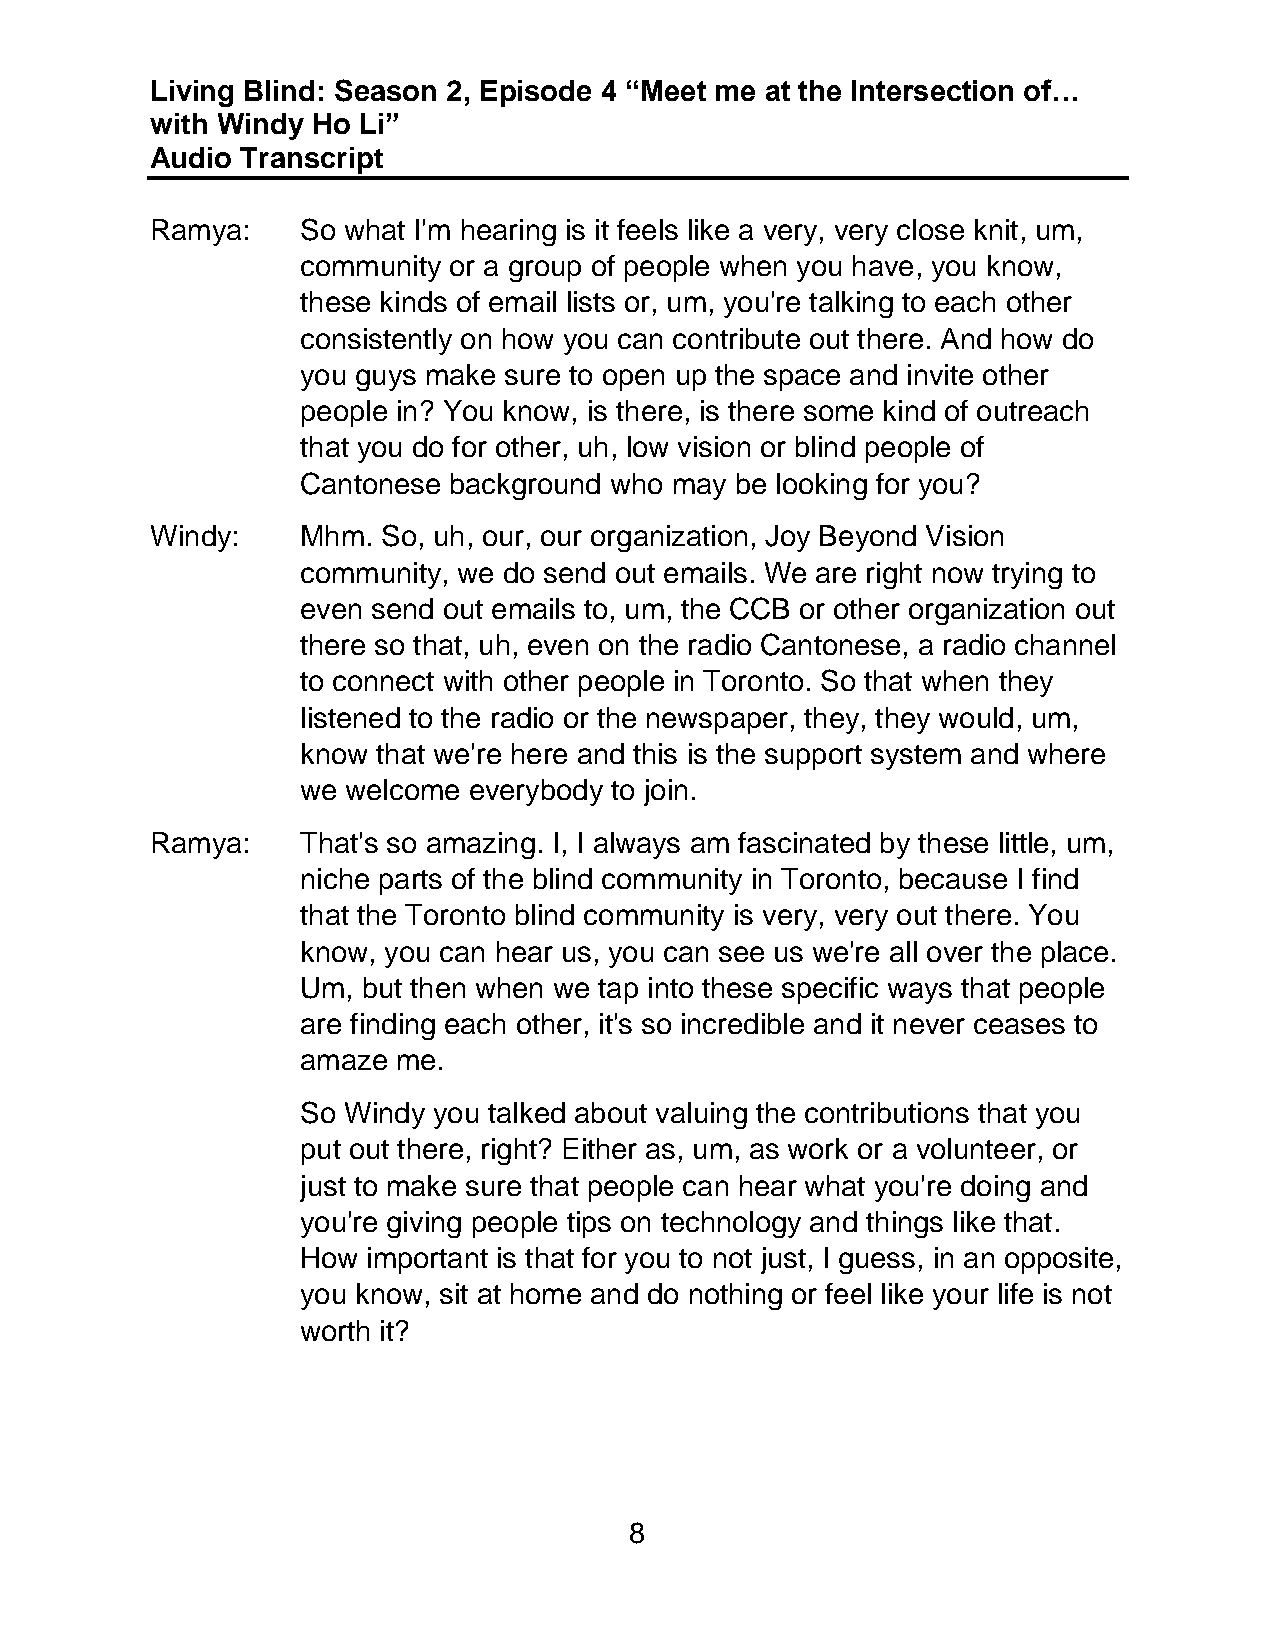
Living Blind: Season 2, Episode 4 “Meet me at the Intersection of…
 with Windy Ho Li”
 Audio Transcript
 Ramya:    So what I'm hearing is it feels like a very, very close knit, um,
 community or a group of people when you have, you know,
 these kinds of email lists or, um, you're talking to each other
 consistently on how you can contribute out there. And how do
 you guys make sure to open up the space and invite other
 people in? You know, is there, is there some kind of outreach
 that you do for other, uh, low vision or blind people of
 Cantonese background who may be looking for you?
 Windy:    Mhm. So, uh, our, our organization, Joy Beyond Vision
 community, we do send out emails. We are right now trying to
 even send out emails to, um, the CCB or other organization out
 there so that, uh, even on the radio Cantonese, a radio channel
 to connect with other people in Toronto. So that when they
 listened to the radio or the newspaper, they, they would, um,
 know that we're here and this is the support system and where
 we welcome everybody to join.
 Ramya:    That's so amazing. I, I always am fascinated by these little, um,
 niche parts of the blind community in Toronto, because I find
 that the Toronto blind community is very, very out there. You
 know, you can hear us, you can see us we're all over the place.
 Um, but then when we tap into these specific ways that people
 are finding each other, it's so incredible and it never ceases to
 amaze me.
 So Windy you talked about valuing the contributions that you
 put out there, right? Either as, um, as work or a volunteer, or
 just to make sure that people can hear what you're doing and
 you're giving people tips on technology and things like that.
 How important is that for you to not just, I guess, in an opposite,
 you know, sit at home and do nothing or feel like your life is not
 worth it?
 8